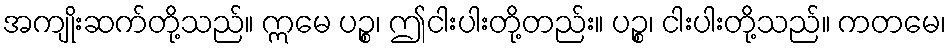
အကျိုးဆက်တို့သည်။ ဣမေ ပဉ္စ၊ ဤငါးပါးတို့တည်း။ ပဉ္စ၊ ငါးပါးတို့သည်။ ကတမေ၊